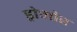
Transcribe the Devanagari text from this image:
ड्रोमोर